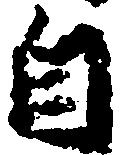
自